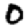
Digit: 0